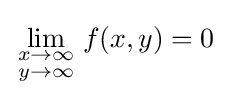
\lim _{\begin{smallmatrix}x\to \infty \\y\to \infty \end{smallmatrix}}f(x,y)=0